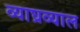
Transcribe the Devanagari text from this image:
व्याघ्रव्याल